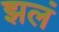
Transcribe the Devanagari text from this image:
झलं